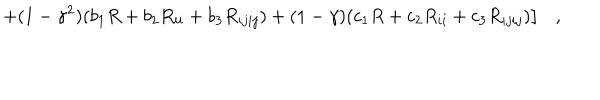
\left. + ( 1 - \gamma ^ { 2 } ) ( b _ { 1 } R + b _ { 2 } R _ { i i } + b _ { 3 } R _ { i j i j } ) + ( 1 - \gamma ) ( c _ { 1 } R + c _ { 2 } R _ { i i } + c _ { 3 } R _ { i j i j } ) \right] ,